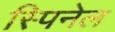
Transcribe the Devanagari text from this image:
स्पिनेल